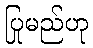
ပြုမည်ဟု